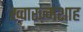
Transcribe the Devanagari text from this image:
ख्वारज़्मशाह